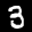
Label: 3